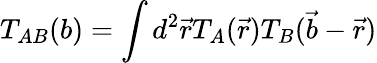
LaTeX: T_{AB}(b)=\int d^{2}\vec{r}T_{A}(\vec{r})T_{B}(\vec{b}-\vec{r})